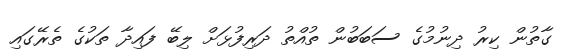
ގާތުން ކިރު ދިނުމުގެ ސަބަބުން ތުއްތު ދަރިފުޅަށް ލިބޭ ފައިދާ ތަކުގެ ތެރޭގައި